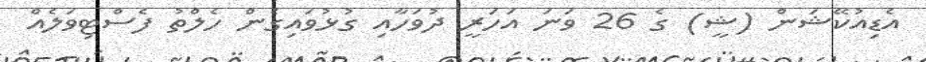
އެޑިއުކޭޝަން (ޝީ) ގެ 26 ވަނަ އަހަރީ ދުވަހާއި ގުޅުވައިގެން ހެލްތު ފެސްޓިވަލެއް